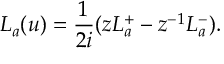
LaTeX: L _ { a } ( u ) = { \frac { 1 } { 2 i } } ( z L _ { a } ^ { + } - z ^ { - 1 } L _ { a } ^ { - } ) .